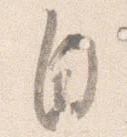
自